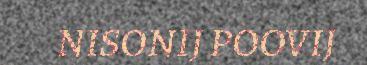
NISONIJ POOVIJ